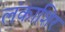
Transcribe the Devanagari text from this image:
लंकाशिर